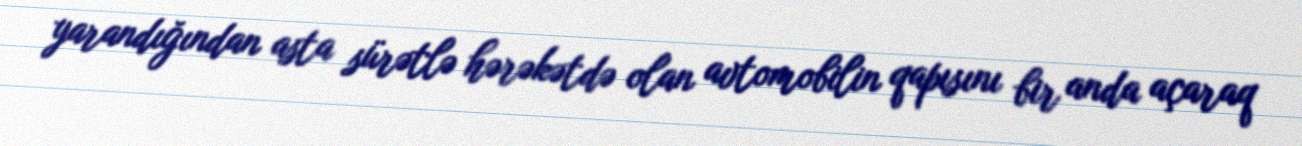
yarandığından asta sürətlə hərəkətdə olan avtomobilin qapısını bir anda açaraq